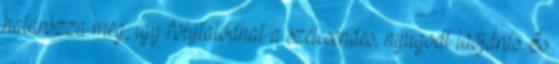
határozza meg, így folytatódhat a szélcsendes, nyugodt időjárás. És